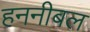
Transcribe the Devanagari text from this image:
हननीबल